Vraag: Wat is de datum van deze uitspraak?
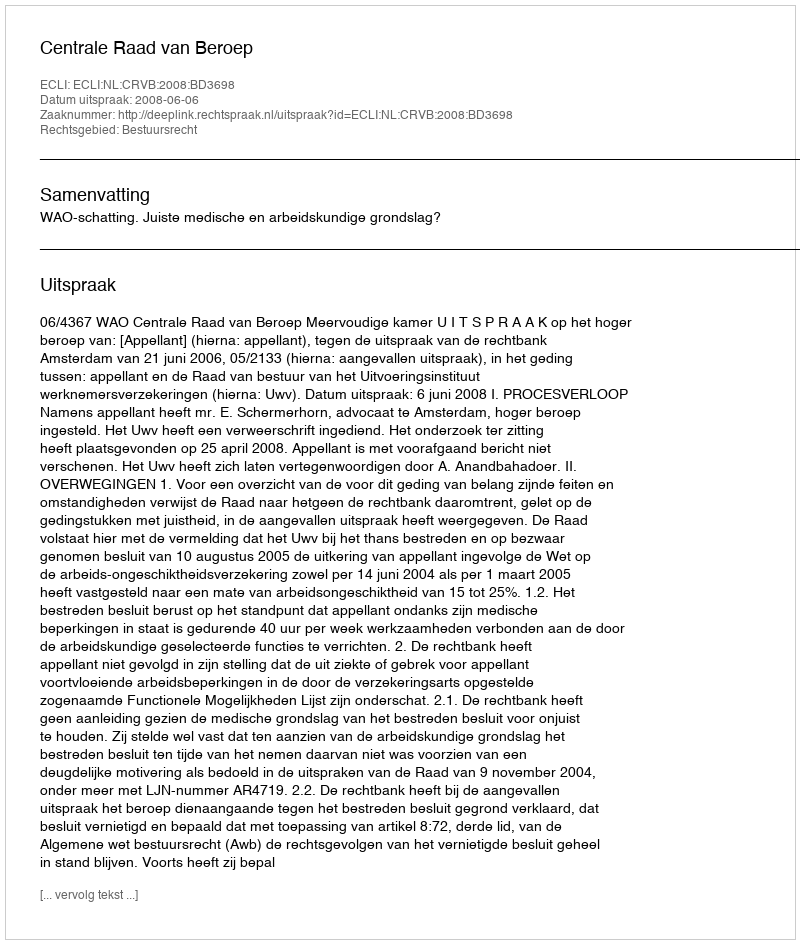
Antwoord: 2008-06-06